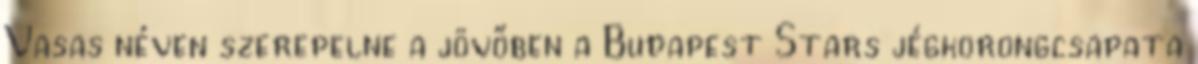
Vasas néven szerepelne a jövőben a Budapest Stars jégkorongcsapata